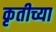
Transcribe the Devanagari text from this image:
कृतीच्या